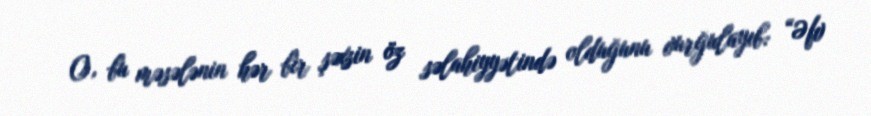
O, bu məsələnin hər bir şəxsin öz səlahiyyətində olduğunu vurğulayıb: “Əfv